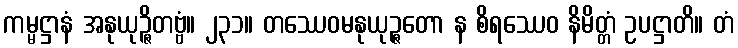
ကမ္မဋ္ဌာနံ အနုယုဉ္ဇိတဗ္ဗံ။ ၂၃၁။ တဿေဝမနုယုဉ္ဇတော န စိရဿေဝ နိမိတ္တံ ဥပဋ္ဌာတိ။ တံ